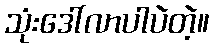
သုံးဒေါ်လာပါပဲတဲ့။